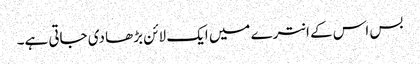
بس اس کے انترے میں ایک لائن بڑھا دی جاتی ہے۔